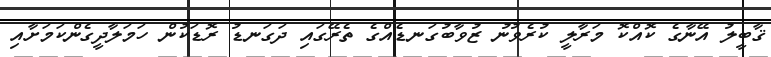
ޤާބީލު އޭނާގެ ކޮއްކޮ މަރާލީ ކުރެވުނު ޒުވާބުގަނޑެއްގެ ތެރޭގައި ދަގަނޑު ރޮޑަކުން ހަމަލާދީގެންކަމަށާއި